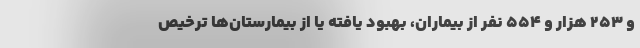
و ۲۵۳ هزار و ۵۵۴ نفر از بیماران، بهبود یافته یا از بیمارستان‌ها ترخیص